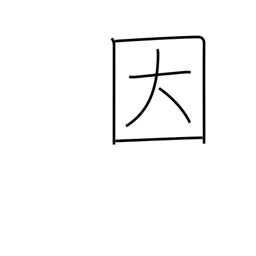
Meaning: be limited to